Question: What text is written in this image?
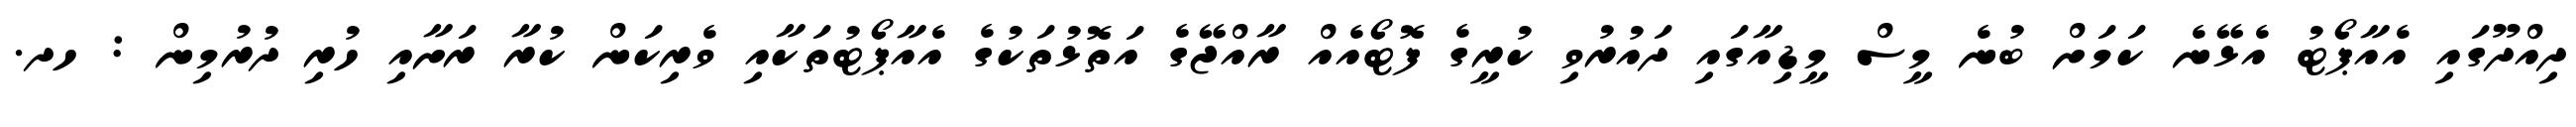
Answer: ދިއްދޫގައި އެއާޕޯޓު އެޅޭނެ ކަމަށް ބުނެ މީސް މީޑިއާގައި ދައުރުވި ކުރީގެ ފޮޓޯއެއް ރާއްޖޭގެ އަތޮޅުތަކުގެ އެއާޕޯޓުތަކާއި ވެރިކަން ކުރާ ރަށާއި ހުރި ދުރުމިން : ހދ.